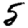
Digit: 5